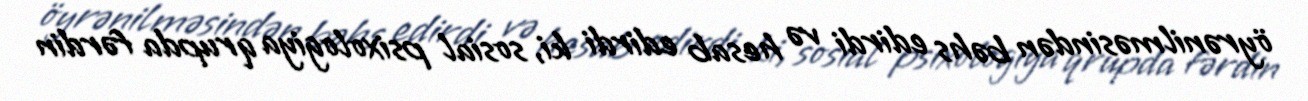
öyrənilməsindən bəhs edirdi və hesab edirdi ki, sosial psixologiya qrupda fərdin